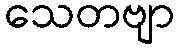
သေတဗျာ